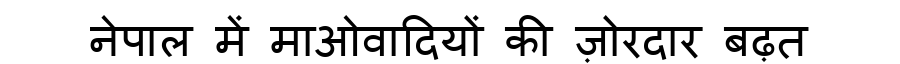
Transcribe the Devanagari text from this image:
नेपाल में माओवादियों की ज़ोरदार बढ़त